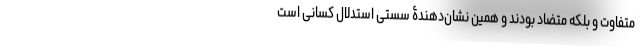
متفاوت و بلکه متضاد بودند و همین نشان‌دهندۀ سستی استدلال کسانی است